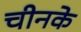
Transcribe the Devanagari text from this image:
चीनके